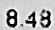
8.48